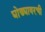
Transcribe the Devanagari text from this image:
घोड्यावरची